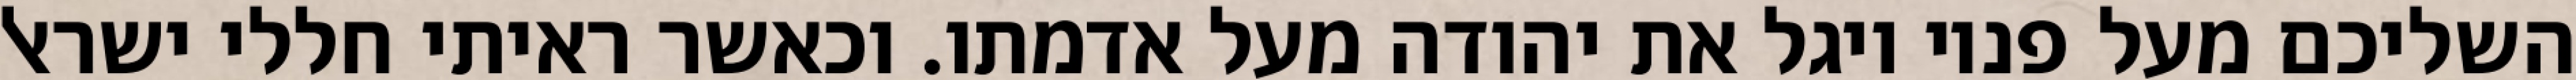
השליכם מעל פניו ויגל את יהודה מעל אדמתו. וכאשר ראיתי חללי ישראל